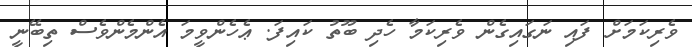
ވެރިކަމަށް ފައި ނަގައިގެން ވެރިކަމާ ހެދި ބޫތު ކައިފަ. ޢެހެންވީމަ އެންމެންވެސް ތިބޭނީ